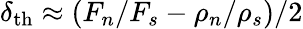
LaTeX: \delta_{\mathrm{th}}\approx(F_{n}/F_{s}-\rho_{n}/\rho_{s})/2